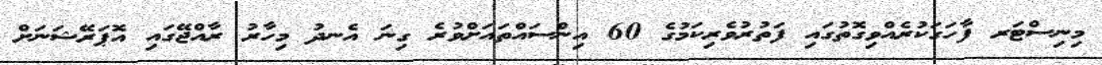
މިނިސްޓަރ ފާހަގަކުރެއްވިގޮތުގައި ފަތުރުވެރިކަމުގެ 60 އިންސައްތައަށްވުރެ ގިނަ އެނދު މިހާރު ރާއްޖޭގައި އޮޕަރޭޝަނަށް